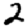
Digit: 2